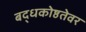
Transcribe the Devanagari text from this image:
बद्धकोष्ठतेवर